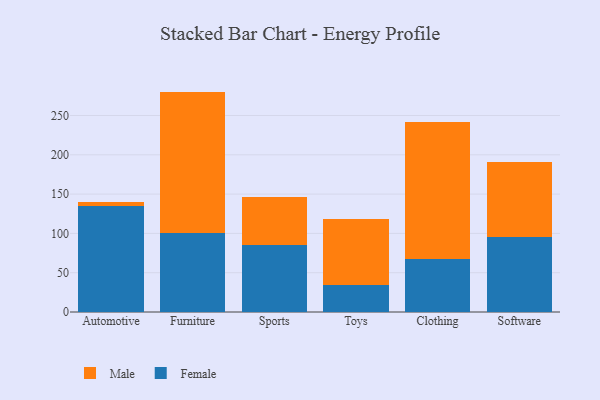
{"axis": {"x": "Category", "y": "Shipments"}, "legend": ["Female", "Male"], "data": [{"x": "Automotive", "y": 134.5, "type": "Female"}, {"x": "Automotive", "y": 5.3, "type": "Male"}, {"x": "Furniture", "y": 100.8, "type": "Female"}, {"x": "Furniture", "y": 179.6, "type": "Male"}, {"x": "Sports", "y": 85.0, "type": "Female"}, {"x": "Sports", "y": 61.4, "type": "Male"}, {"x": "Toys", "y": 34.8, "type": "Female"}, {"x": "Toys", "y": 83.6, "type": "Male"}, {"x": "Clothing", "y": 67.2, "type": "Female"}, {"x": "Clothing", "y": 174.0, "type": "Male"}, {"x": "Software", "y": 95.0, "type": "Female"}, {"x": "Software", "y": 95.9, "type": "Male"}]}